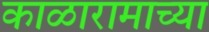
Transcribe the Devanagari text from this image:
काळारामाच्या